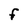
Character: F